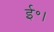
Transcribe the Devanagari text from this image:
ई॰।